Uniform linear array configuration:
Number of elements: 64
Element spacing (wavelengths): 1
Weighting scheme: blackman
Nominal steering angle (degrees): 60
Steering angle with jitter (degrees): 59.016
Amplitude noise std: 0.05
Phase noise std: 0.05

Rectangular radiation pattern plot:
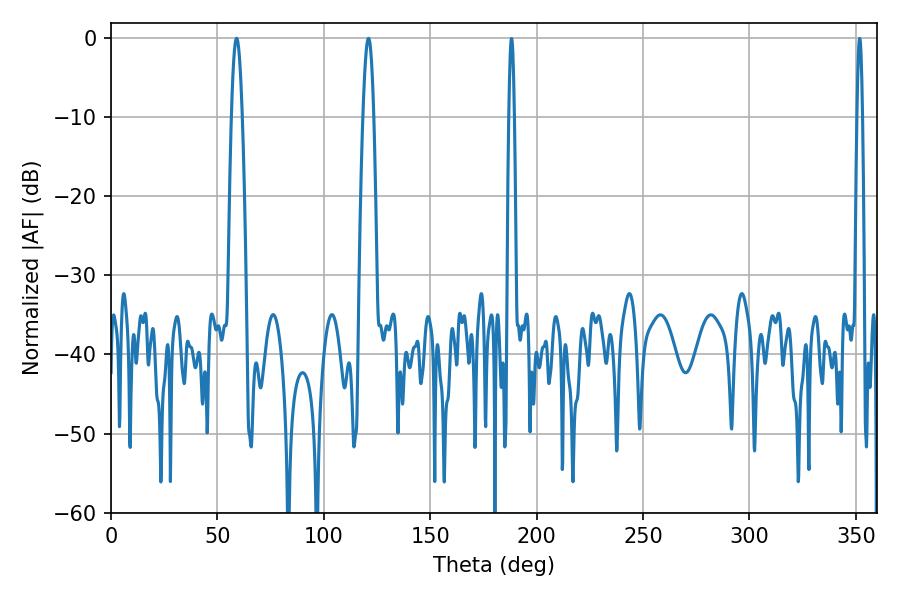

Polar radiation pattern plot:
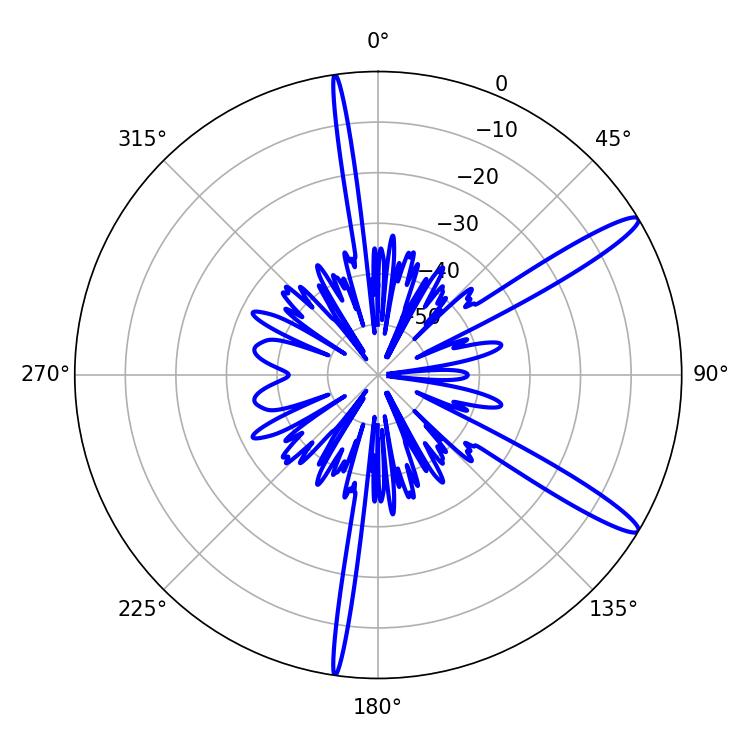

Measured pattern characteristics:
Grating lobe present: TRUE
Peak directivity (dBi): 13.796
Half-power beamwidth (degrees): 2.88
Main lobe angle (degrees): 59.04